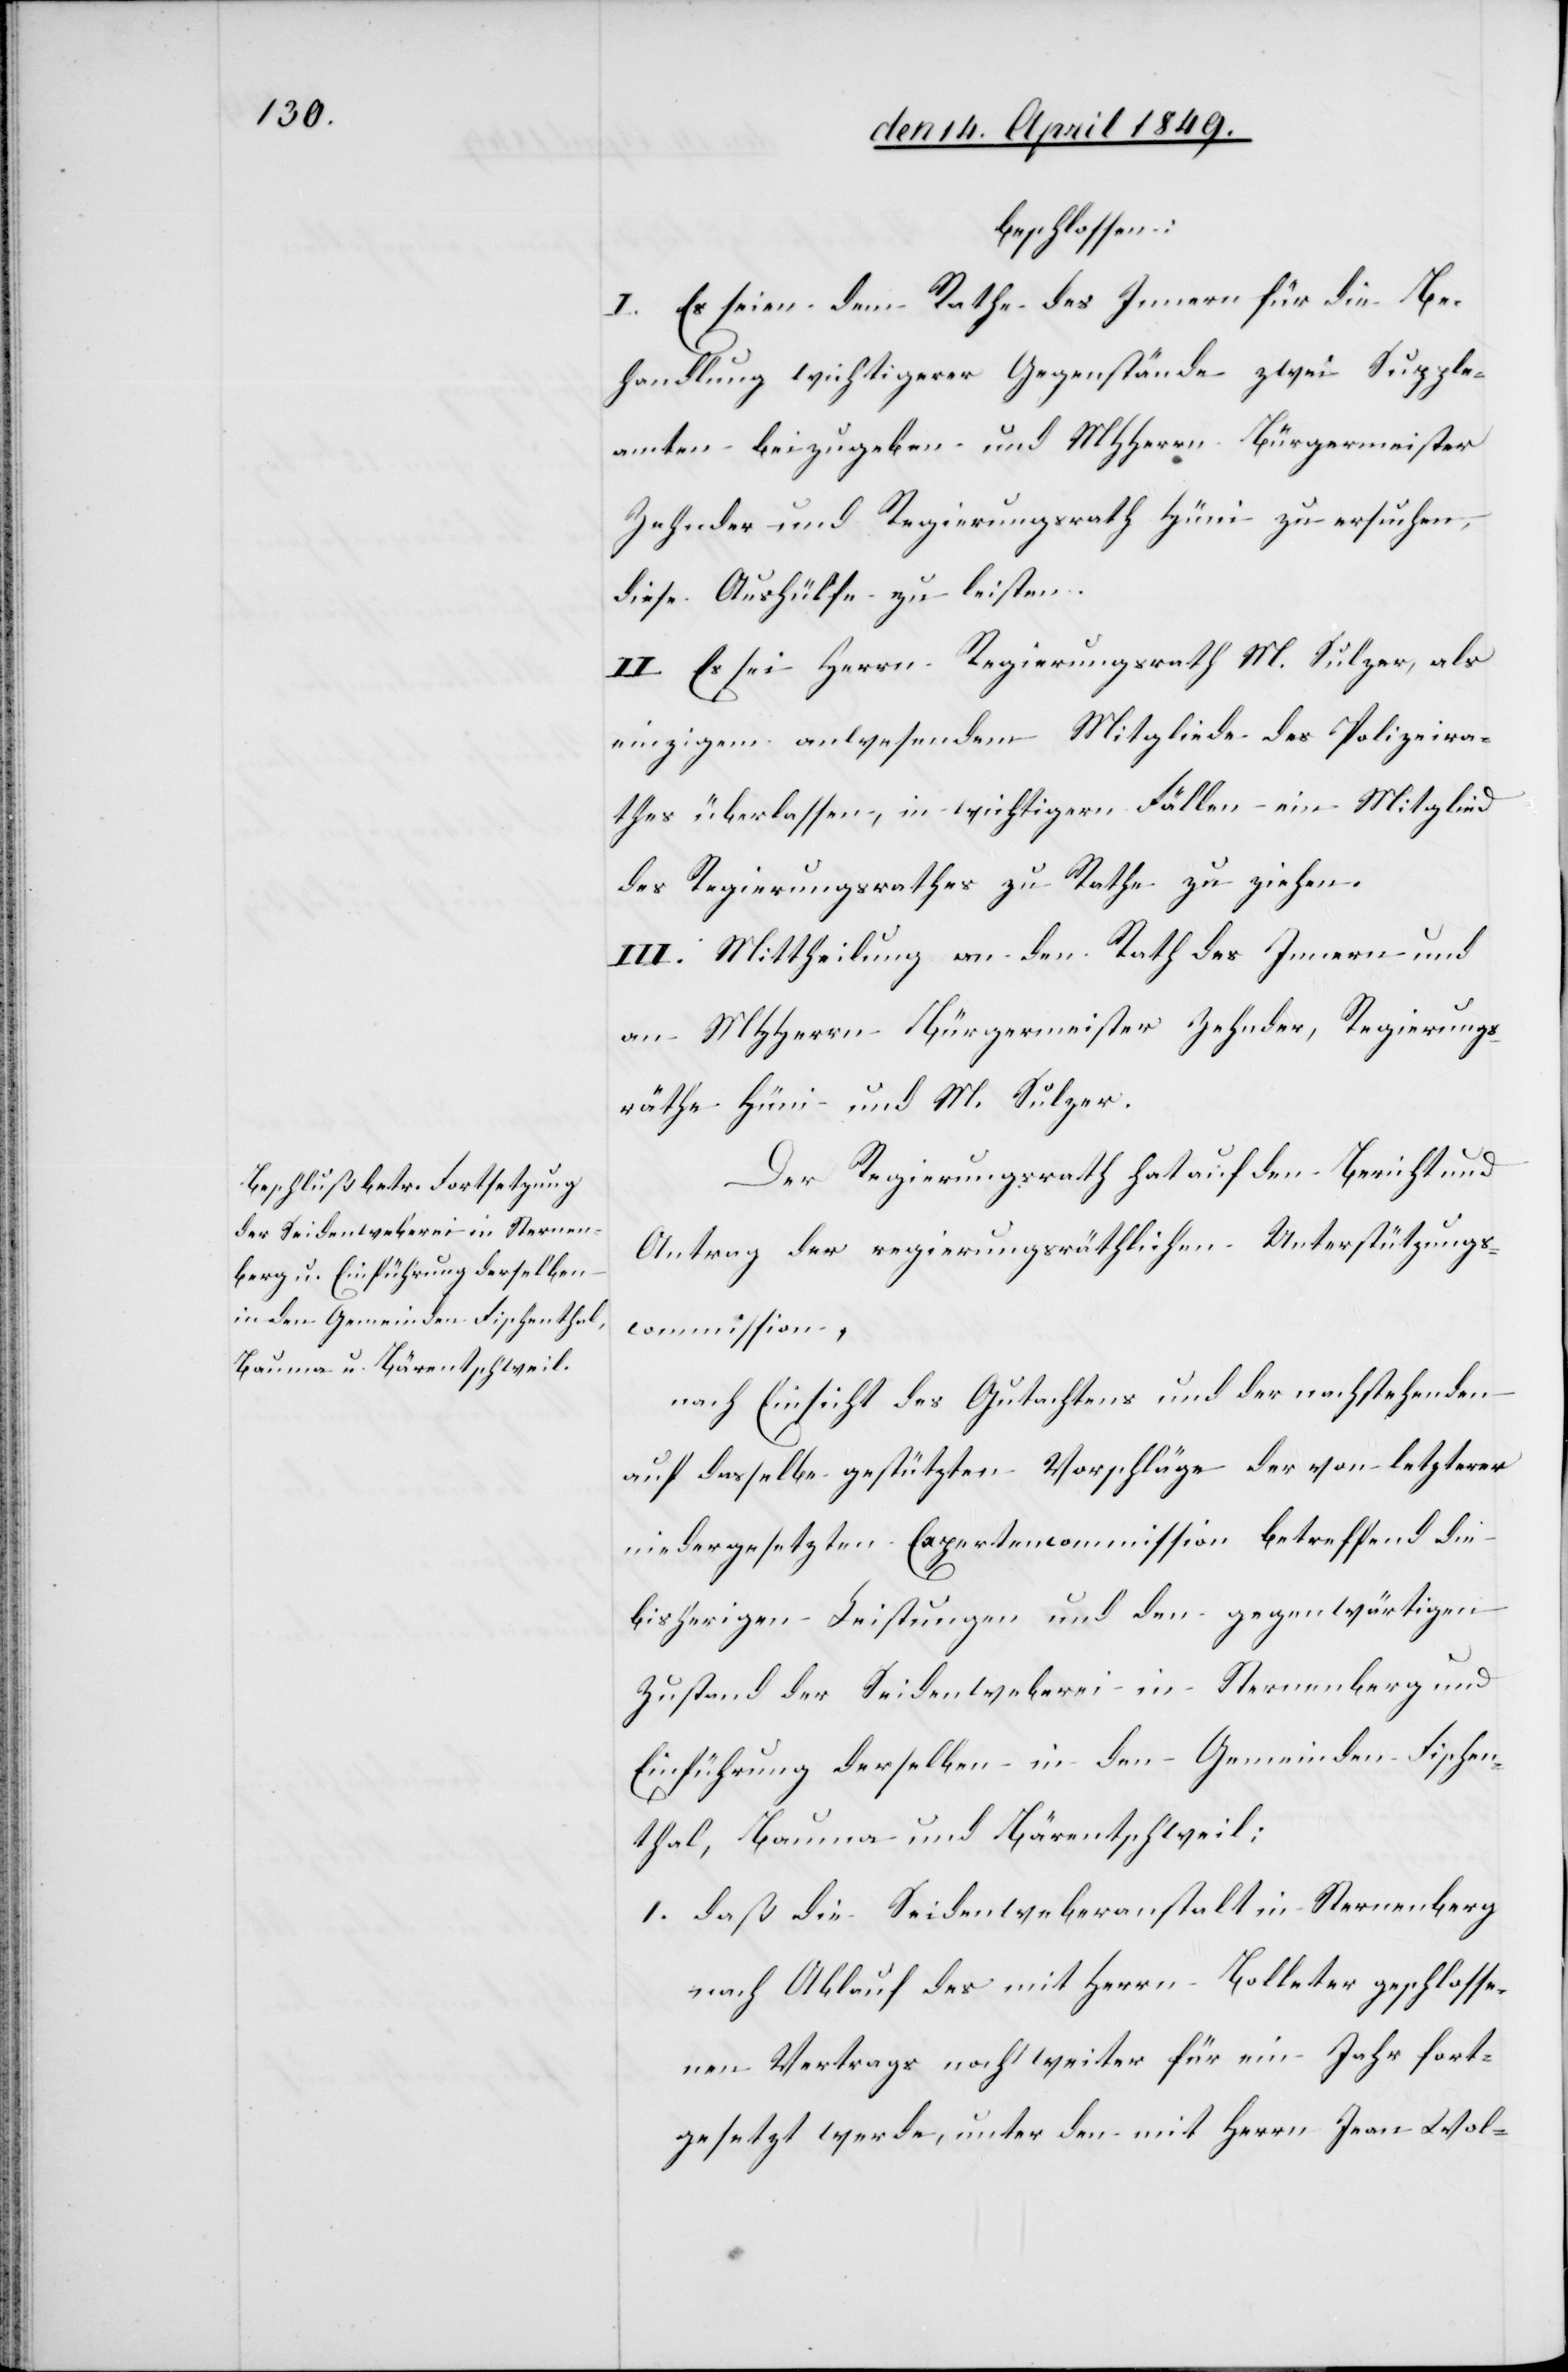
Suppl¬

beschlossen:
I. Es seien dem Rathe des Innern für die Be¬
handlung wichtigerer Gegenstände zwei Supplea¬
eanten] beizugeben und MHHerrn Bürgermeister
Zehnder und Regierungsrath Hüni zu ersuchen,
diese Aushülfe zu leisten.
II. Es sei Herrn Regierungsrath M. Sulzer, als
einzigem anwesendem Mitgliede des Polizeira¬
thes überlassen, in wichtigern Fällen ein Mitglied
des Regierungsrathes zu Rathe zu ziehen.
III. Mittheilung an den Rath des Innern und
an MHHerrn Bürgermeister Zehnder, Regierungs¬
räthe Hüni und M. Sulzer.
Der Regierungsrath hat auf den Bericht und
Antrag der regierungsräthlichen Unterstützungs¬
commission,
nach Einsicht des Gutachtens und der nachstehenden
auf dasselbe gestützten Vorschläge der von letzterer
niedergesetzten Expertencommission betreffend die
bisherigen Leistungen und den gegenwärtigen
Zustand der Seidenweberei in Sternenberg und
Einführung derselben in den Gemeinden Fischen¬
thal, Bauma und Bärentschweil:
1. daß die Seidenweberanstalt in Sternenberg
nach Ablauf des mit Herrn Bolleter geschlosse¬
nen Vertrags noch weiter für ein Jahr fort¬
gesetzt werde, unter den mit Herrn Jean Wol-